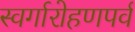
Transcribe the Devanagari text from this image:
स्वर्गारोहणपर्व